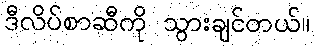
ဒီလိပ်စာဆီကို သွားချင်တယ်။